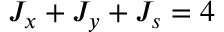
{ \cal J } _ { x } + { \cal J } _ { y } + { \cal J } _ { s } = 4